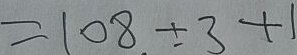
= 1 0 8 \div 3 + 1